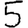
Digit: 5